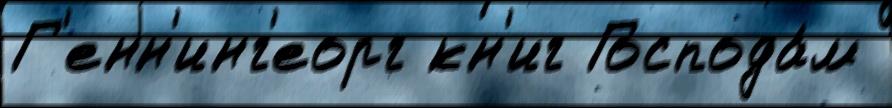
Г'енн'инг'еорг кн'иг Господа́м